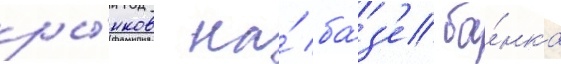
ры́нков на́ ба́з'е ба́нка